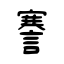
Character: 謇